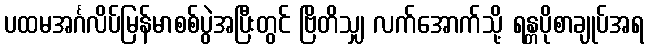
ပထမအင်္ဂလိပ်မြန်မာစစ်ပွဲအပြီးတွင် ဗြိတိသျှ လက်အောက်သို့ ရန္တပိုစာချုပ်အရ